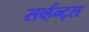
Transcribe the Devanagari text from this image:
सर्व्हन्ट्स